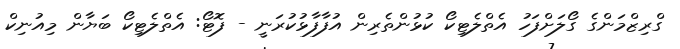
ގްރިޒްމަންގެ ގޯލަށްފަހު އެތްލެޓިކޯ ކުޅުންތެރިން އުފާފާޅުކުރަނީ - ފޮޓޯ: އެތްލެޓިކޯ ބަޔާން މިއުނިކް